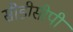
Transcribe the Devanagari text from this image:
सीडीसीपी